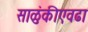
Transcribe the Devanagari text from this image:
साळुंकीएवढा